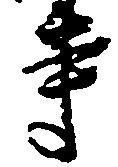
寺